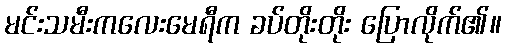
မင်းသမီးကလေးမေရီက ခပ်တိုးတိုး ပြောလိုက်၏။